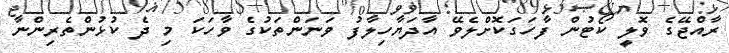
ރާއްޖޭގެ ވޮލީ ކޯޓުން ފާހަގަކޮށްލެވޭ އާދަޔާހިލާފު ވަނަންތަކުގެ ވާހަކަ މި ދެ ކުޅުންތެރިންނާ